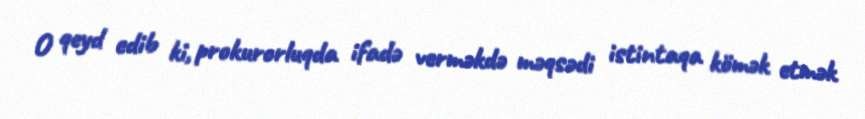
O qeyd edib ki, prokurorluqda ifadə verməkdə məqsədi istintaqa kömək etmək